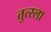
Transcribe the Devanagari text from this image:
तुत्स्ला